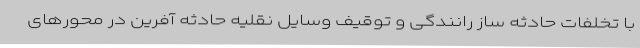
با تخلفات حادثه ساز رانندگی و توقیف وسایل نقلیه حادثه آفرین در محورهای